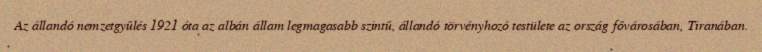
Az állandó nemzetgyűlés 1921 óta az albán állam legmagasabb szintű, állandó törvényhozó testülete az ország fővárosában, Tiranában.